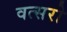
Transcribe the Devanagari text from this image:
वत्सरो